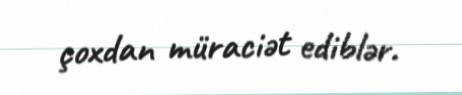
çoxdan müraciət ediblər.